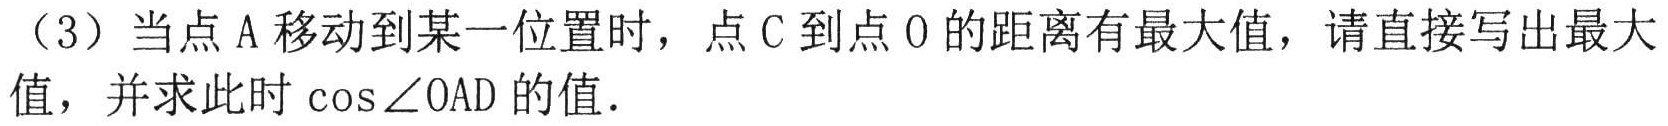
（3）当点 A 移动到某一位置时，点 C 到点 O 的距离有最大值，请直接写出最大值，并求此时\(\cos\angle OAD\)的值．